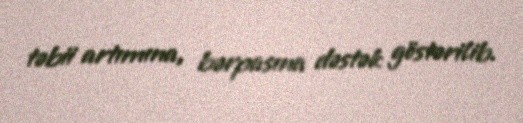
təbii artımına, bərpasına dəstək göstərilib.